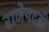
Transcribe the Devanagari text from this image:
राजेपदही